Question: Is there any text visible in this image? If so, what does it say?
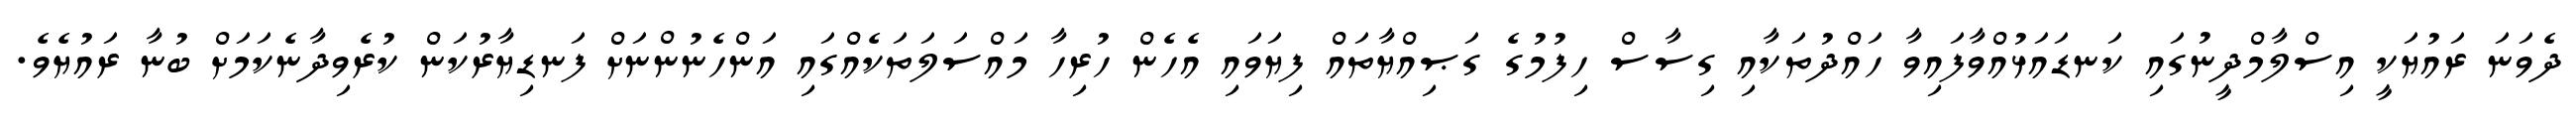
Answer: ދެވަނަ ރައުޔަކީ އިސްލާމްދީނުގައި ކަނޑައަޅުއްވާފައިވާ ހައްދުތަކާއި ގިސާސް ހިފުމުގެ ގަޞިއްޔާތައް ފިޔަވައި އެހެން ހުރިހާ މައްސަލަތަކެއްގައި އަންހެނުންނަށް ފަނޑިޔާރުކަން ކުރެވިދާނެކަމަށް ބުނާ ރައުޔެވެ.